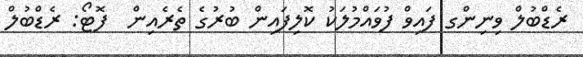
ރެޑްބުލް ވިނިންގ ފައިވް ފުވައްމުލަކު ކޮލިފައިން ބުރުގެ ތެރެއިން  ފޮޓޯ: ރެޑްބުލް